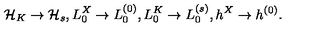
{ \cal H } _ { K } \rightarrow { \cal H } _ { s } , L _ { 0 } ^ { X } \rightarrow L _ { 0 } ^ { ( 0 ) } , L _ { 0 } ^ { K } \rightarrow L _ { 0 } ^ { ( s ) } , h ^ { X } \rightarrow h ^ { ( 0 ) } .